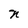
Character: n